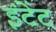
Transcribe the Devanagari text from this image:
इंटेंट